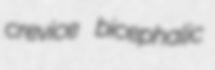
crevice bicephalic